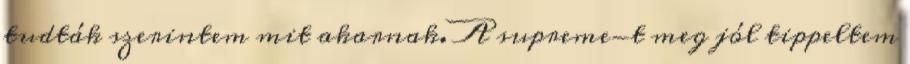
tudták szerintem mit akarnak. A supreme-t meg jól tippeltem